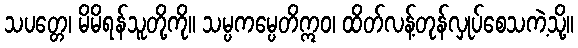
သပတ္တေ၊ မိမိရန်သူတို့ကို။ သမ္ပကမ္ပေတိဣဝ၊ ထိတ်လန့်တုန်လှုပ်စေသကဲ့သို့။